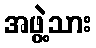
အဖွဲ့သား